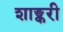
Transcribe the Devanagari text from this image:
शाङ्करी